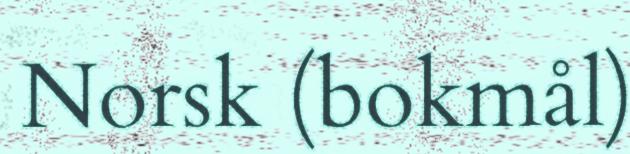
Norsk (bokmål)